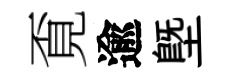
覔逾塈